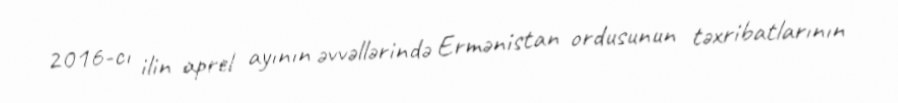
2016-cı ilin aprel ayının əvvəllərində Ermənistan ordusunun təxribatlarının